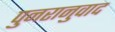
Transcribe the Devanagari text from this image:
पुनरानुवाद